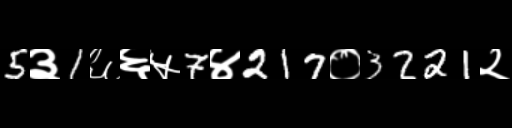
Text: 5३1६६५7४217०3221२